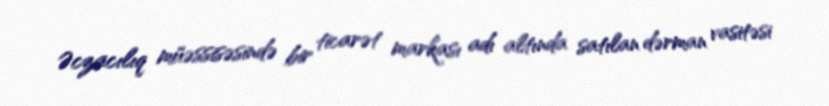
Əczacılıq müəssisəsində bir ticarət markası adı altında satılan dərman vasitəsi